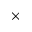
\times